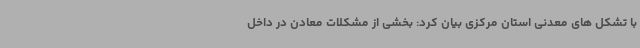
با تشکل های معدنی استان مرکزی بیان کرد: بخشی از مشکلات معادن در داخل